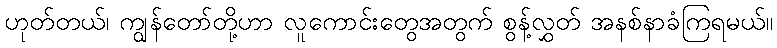
ဟုတ်တယ်၊ ကျွန်တော်တို့ဟာ လူကောင်းတွေအတွက် စွန့်လွှတ် အနစ်နာခံကြရမယ်။